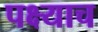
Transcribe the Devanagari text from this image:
पक्ष्याच